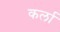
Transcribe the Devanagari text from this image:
कर्ला